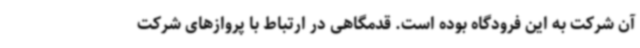
آن شرکت به این فرودگاه بوده است. قدمگاهی در ارتباط با پروازهای شرکت